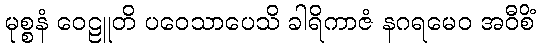
မုစ္စနံ ဝေဠူတိ ပဝေသာပေသိ ခါရိကာဇံ နဂရမေဝ အဝီစိံ